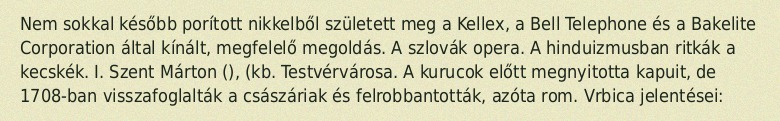
Nem sokkal később porított nikkelből született meg a Kellex, a Bell Telephone és a Bakelite Corporation által kínált, megfelelő megoldás. A szlovák opera. A hinduizmusban ritkák a kecskék. I. Szent Márton (), (kb. Testvérvárosa. A kurucok előtt megnyitotta kapuit, de 1708-ban visszafoglalták a császáriak és felrobbantották, azóta rom. Vrbica jelentései: